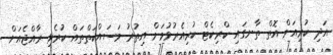
އަދި ކުރިއަށް އޮތް ތާނގައި ކްރިކެޓް ކުރިއެރުވުމަށް އިތުރު މަސައްކަތްތައް ކުރެވި ރާއްޖެއަށް